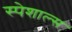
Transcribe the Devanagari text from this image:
स्पेशाल्स